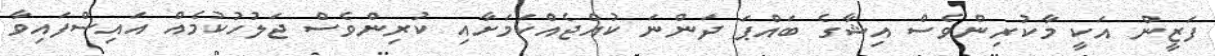
ފަޒީން އަކީ މާކުރިންވެސް އިޝާގެ ބައްޕަ ދަންނަ ކުއްޖެއްކަމަށާއި ކުރިންވެސް ޖަލުހުކުމެއް އައިސްފައިވާ